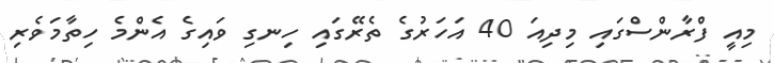
މިއީ ފްރާންސްގައި މިދިއަ 40 އަހަރުގެ ތެރޭގައި ހިނގި ވައިގެ އެންމެ ހިތާމަވެރި